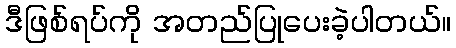
ဒီဖြစ်ရပ်ကို အတည်ပြုပေးခဲ့ပါတယ်။